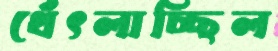
থেঁৎলাচ্ছিল